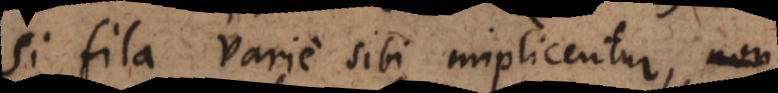
Si fila varie sibi implicentur,